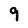
Character: 9